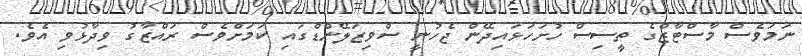
ނަމަވެސް މާސްޓާޒްގެ ތީސިސް ހުށަހަޅައިދޭން ޖެހުނީ ސްވިޒަލޭންޑްގައި ކަމަށްވެސް ރައްޒާގު ވިދާޅުވި އެވެ.